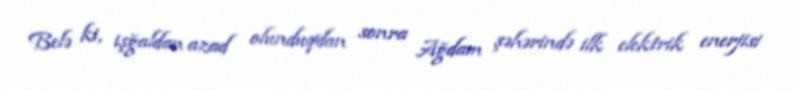
Belə ki, işğaldan azad olunduqdan sonra Ağdam şəhərində ilk elektrik enerjisi